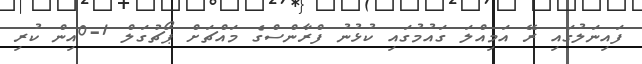
ފައިނަލުގައި ރޭ އަމިއްލަ ގައުމުގައި ކުޅުނު ފްރާންސްގެ މައްޗަށް ޕޯޗުގަލް 1-0އިން ކުރި